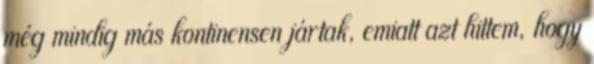
még mindig más kontinensen jártak, emiatt azt hittem, hogy